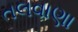
તલવાણા